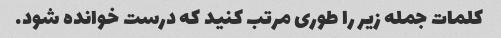
کلمات جمله زیر را طوری مرتب کنید که درست خوانده شود.